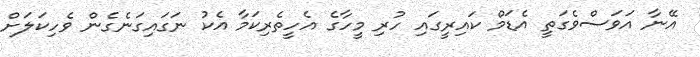
އޭނާ އަވަސްވެގަތީ އެޑަމް ކައިރީގައި ހުރި މީހާގެ އެހީތެރިކަމާ އެކު ނަގައިގަނެގެން ވެހިކަލަށް